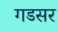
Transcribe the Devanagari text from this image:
गडसर